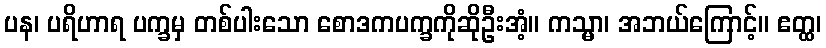
ပန၊ ပရိဟာရ ပက္ခမှ တစ်ပါးသော စောဒကပက္ခကိုဆိုဦးအံ့။ ကသ္မာ၊ အဘယ်ကြောင့်။ ဧတ္ထ၊